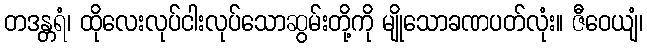
တဒန္တရံ၊ ထိုလေးလုပ်ငါးလုပ်သောဆွမ်းတို့ကို မျိုသောခဏပတ်လုံး။ ဇီဝေယျံ၊